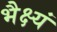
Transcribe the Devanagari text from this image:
भैक्ष्यं